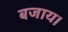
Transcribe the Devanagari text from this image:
बजाय।